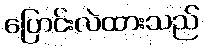
ပြောင်းလဲထားသည်